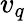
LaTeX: v_{q}